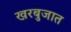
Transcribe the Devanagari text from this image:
खरबुजात